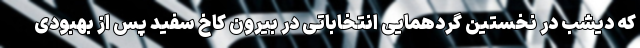
که دیشب در نخستین گردهمایی انتخاباتی در بیرون کاخ سفید پس از بهبودی